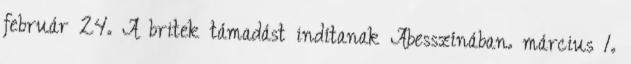
február 24. A britek támadást indítanak Abesszínában. március 1.